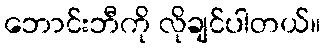
ဘောင်းဘီကို လိုချင်ပါတယ်။